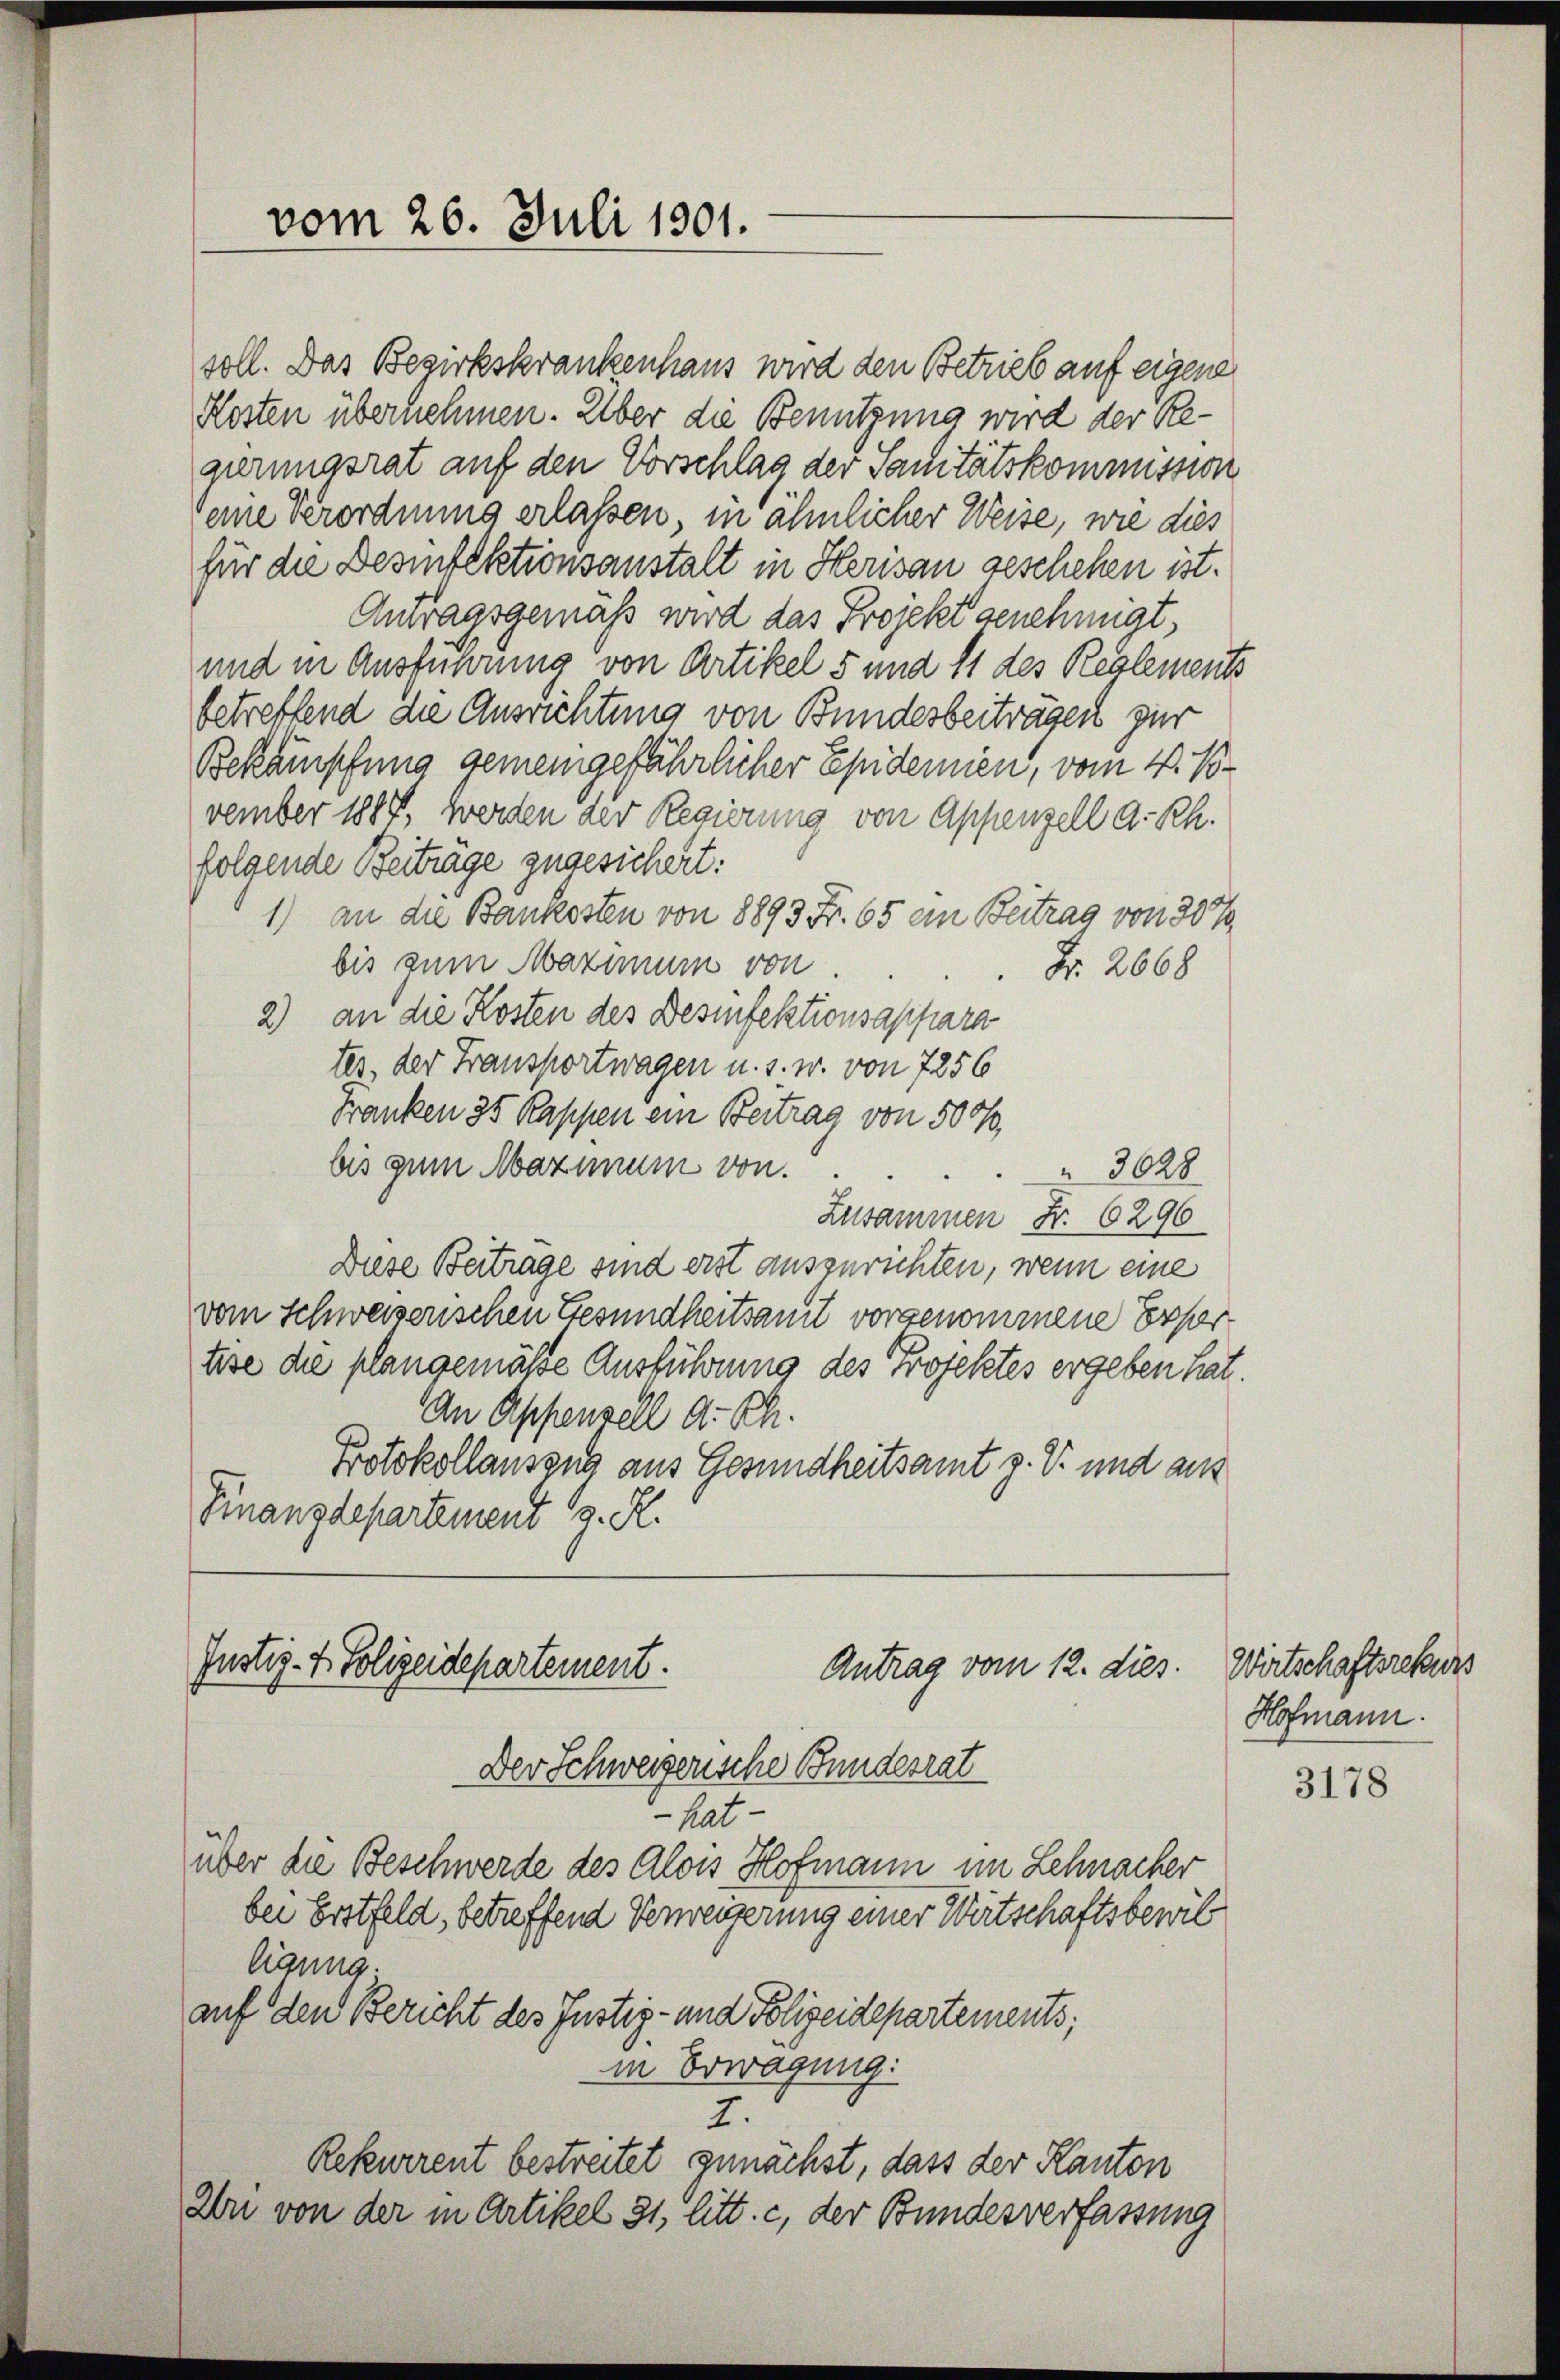
Justiz- & Polizeidepartement.
Antrag vom 12. dies.
Der Schweizerische Bundesrat

vom 26. Juli 1901.

soll. Das Bezirkskrankenhaus wird den Betrieb auf eigene
Hosten übernehmen. Über die Benutzung wird der Regerungsrat auf den Vorschlag der Sanitätskommission
eine Verordnung erlassen, in ähnlicher Weise, wie dies
für die Desinfektionsanstalt in Herisau geschehen ist.
Antragsgemäß wird das Projekt genehmigt,
und in Ausführung von Artikel 5 und 11 des Reglements
betreffend die Ausrichtung von Bundesbeiträgen zur
Bekämpfung gemeingefährlicher Epidemien, vom 4. B.
vember 1887, werden der Regierung von Appenzell A.-Rh.
folgende Beiträge zugesichert:
1) an die Bankosten von 8893 Fr. 65 ein Beitrag von 30%
bis zum Maximum von
Fr. 2668
2) an die Kosten des Desinfektionsappara
tes, der Fransportwagen u. s. w. von 7256
Franken 35 Rappen ein Beitrag von 500,
bis zum Maximum von
3628
Zusammen Fr. 6296
Diese Beitrage sind erst auszurichten, wenn eine
vom Schweiserischen Gesundheitsamt vorgenommene Erfortise die plangemäße Ausführung des Projektes ergeben hat.
An Appenzell A. Ch.
Protokollauszug aus Gesundheitsamt z. V. und aus
Finanzdepartement J. R.

hat-
über die Beschwerde des Alois Hofmann im Lehnacher
bei Erstfeld, betreffend Verweigerung einer Wirtschaftsbewil
ligung.
auf den Bericht des Justiz- und Polizeidepartements;
in Erwägung:
2.
Rekewerent bestreitet zunächst, dass der Kanton
In von der in Artikel 31, litt. c, der Bundesverfassung

Wirtschaftsrekurs
Hofmann.

3178